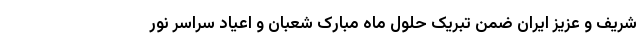
شریف و عزیز ایران ضمن تبریک حلول ماه مبارک شعبان و اعیاد سراسر نور